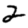
Digit: 2